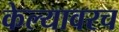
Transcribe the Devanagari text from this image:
केल्यावरच